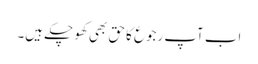
اب آپ رجوع کا حق بھی کھو چکے ہیں۔